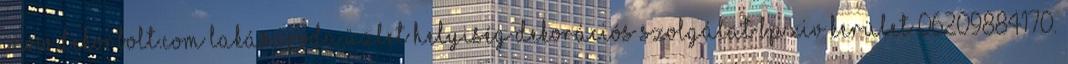
www.dekorbolt.com Lakás,iroda,üzlet helyiség dekorációs szolgálat Bp XIV kerület 06209884170.